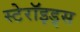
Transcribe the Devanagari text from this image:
स्टेरॉइड्स